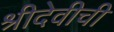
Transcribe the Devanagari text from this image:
श्रीदेवीची